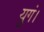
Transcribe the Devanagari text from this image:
युगं।